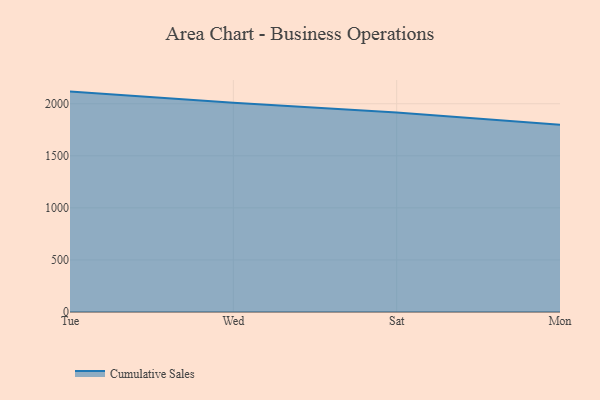
{"axis": {"x": "Day", "y": "LTV (USD)"}, "legend": ["Cumulative Sales"], "data": [{"x": "Tue", "y": 2116.5, "type": "Cumulative Sales"}, {"x": "Wed", "y": 2008.9, "type": "Cumulative Sales"}, {"x": "Sat", "y": 1915.4, "type": "Cumulative Sales"}, {"x": "Mon", "y": 1798.2, "type": "Cumulative Sales"}]}